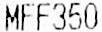
MFF350